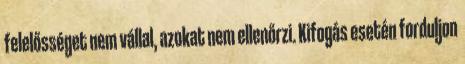
felelősséget nem vállal, azokat nem ellenőrzi. Kifogás esetén forduljon